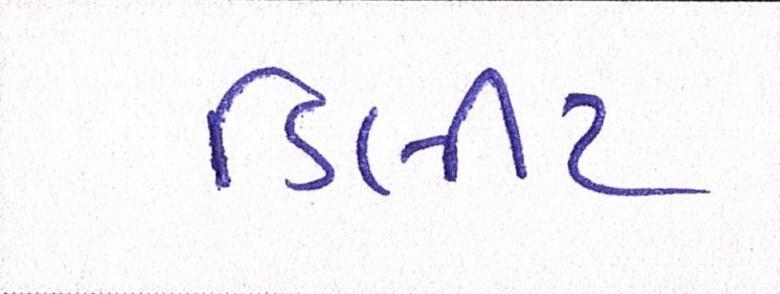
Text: ડિલીટ